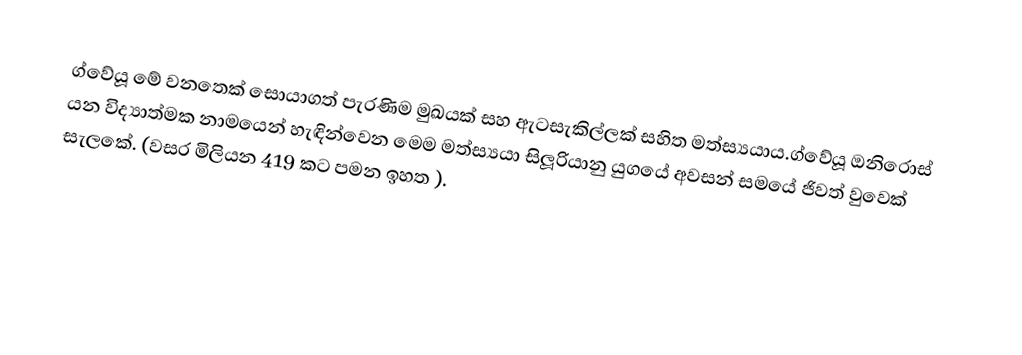
ග්වේයූ මේ වනතෙක් සොයාගත් පැරණිම  මුඛයක් සහ ඇටසැකිල්ලක් සහිත මත්ස්‍යයාය.ග්වේයූ ඔනිරොස්  යන විද්‍යාත්මක නාමයෙන් හැඳින්වෙන මෙම මත්ස්‍යයා සිලූරියානු යුගයේ අවසන් සමයේ ජිවත්  වුවෙක් සැලකේ. (වසර මිලියන 419 කට පමන ඉහත ).